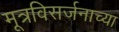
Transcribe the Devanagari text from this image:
मूत्रविसर्जनाच्या